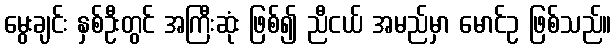
မွေးချင်း နှစ်ဦးတွင် အကြီးဆုံး ဖြစ်၍ ညီငယ် အမည်မှာ မောင်ဥ ဖြစ်သည်။